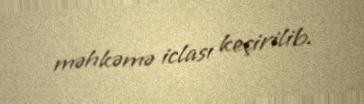
məhkəmə iclası keçirilib.